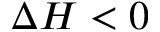
\Delta H < 0